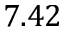
7 . 4 2